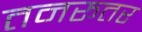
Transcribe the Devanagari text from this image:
तनरूतर